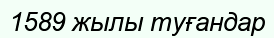
1589 жылы туғандар